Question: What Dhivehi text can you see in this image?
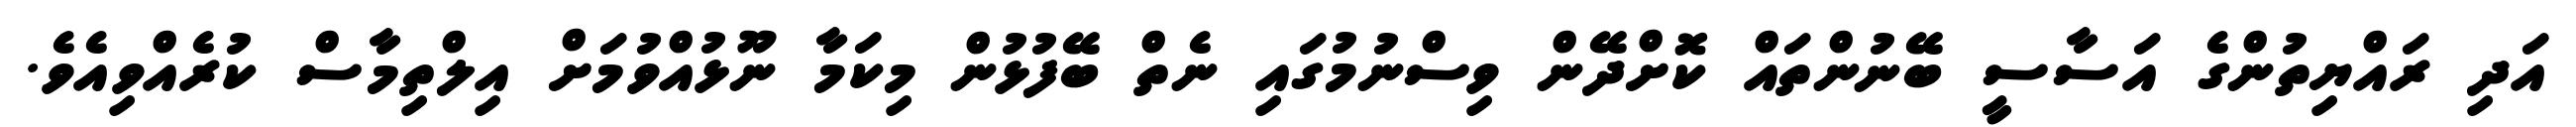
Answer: އަދި ރައްޔިތުންގެ އަސާސީ ބޭނުންތައް ކޮށްދޭން ވިސްނުމުގައި ނެތް ބޭފުޅުން މިކަމާ ނޫޅުއްވުމަށް އިލްތިމާސް ކުރެއްވިއެވެ.